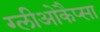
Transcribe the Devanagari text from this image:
ग्लीओकैप्सा